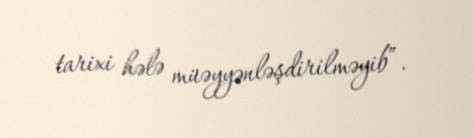
tarixi hələ müəyyənləşdirilməyib”.